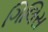
ગિલિસ